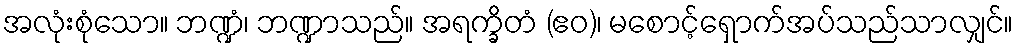
အလုံးစုံသော။ ဘဏ္ဍံ၊ ဘဏ္ဍာသည်။ အရက္ခိတံ (ဧဝ)၊ မစောင့်ရှောက်အပ်သည်သာလျှင်။